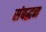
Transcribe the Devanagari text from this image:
संबद्धन